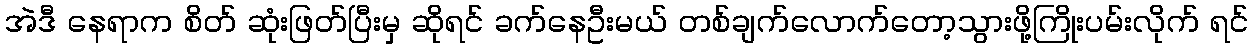
အဲဒီ နေရာက စိတ် ဆုံးဖြတ်ပြီးမှ ဆိုရင် ခက်နေဦးမယ် တစ်ချက်လောက်တော့သွားဖို့ကြိုးပမ်းလိုက် ရင်